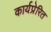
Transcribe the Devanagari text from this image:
कार्यप्रेरित